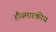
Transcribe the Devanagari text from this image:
हैं।स्मारकीय